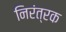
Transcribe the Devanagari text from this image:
निरंत्रक